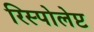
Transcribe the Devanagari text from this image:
रिस्पोलेप्ट